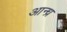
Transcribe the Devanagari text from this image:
आन्‍ध्र